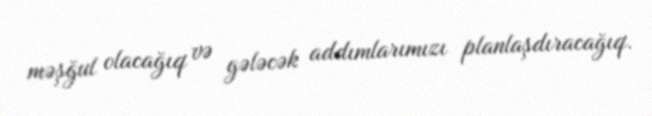
məşğul olacağıq və gələcək addımlarımızı planlaşdıracağıq.